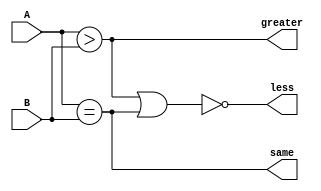
//This defines a comparator for use with the 
//Branch-Memory Unit.
module comparator(
  A,
  B,
  greater,
  less,
  same
  );
  
input [15:0] A;
input [15:0] B;
output greater;
output less;
output same;

assign greater=A>B;
assign same=A==B;
assign less=~(greater||same); //Neither.
  
endmodule